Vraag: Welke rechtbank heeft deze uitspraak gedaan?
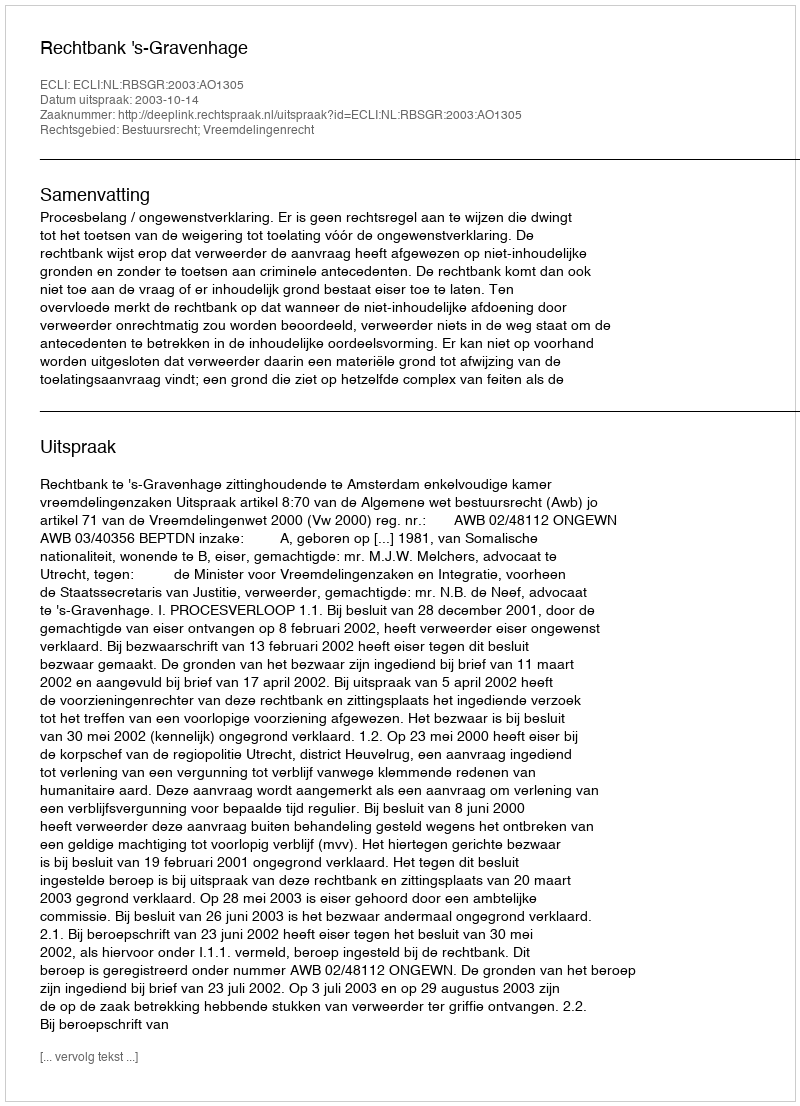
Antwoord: Rechtbank 's-Gravenhage